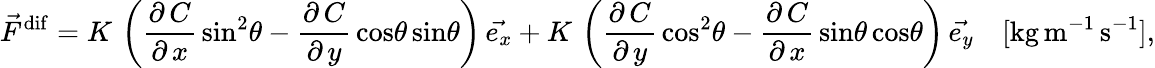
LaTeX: \vec{F}^{\mathrm{dif}}=K\, \left(\frac{\partial\, C}{\partial\, x}\, \mathrm{sin}^{2}\theta-\frac{\partial\, C}{\partial\, y}\, \mathrm{cos}\theta\, \mathrm{sin}\theta\right)\, \vec{e_{x}}+K\, \left(\frac{\partial\, C}{\partial\, y}\, \mathrm{cos}^{2}\theta-\frac{\partial\, C}{\partial\, x}\, \mathrm{sin}\theta\, \mathrm{cos}\theta\right)\, \vec{e_{y}}\quad[\mathrm{kg}\, \mathrm{m}^{-1}\, \mathrm{s}^{-1}],